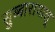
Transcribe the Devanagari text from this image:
सुब्बारायालू